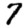
Digit: 7